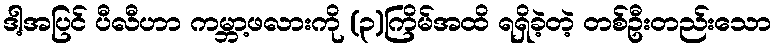
ဒါ့အပြင် ပီလီဟာ ကမ္ဘာ့ဖလားကို (၃)ကြိမ်အထိ ရရှိခဲ့တဲ့ တစ်ဦးတည်းသော